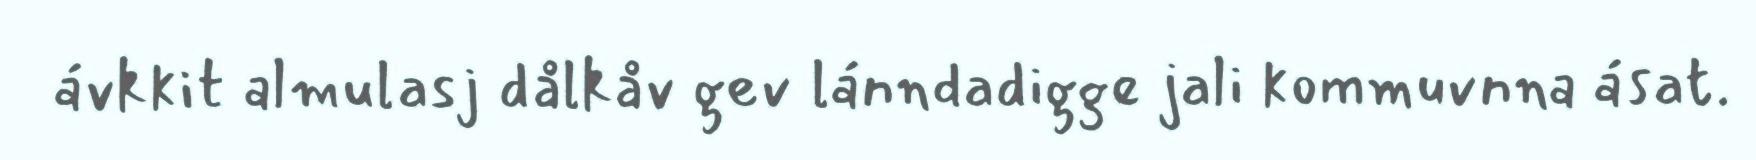
ávkkit almulasj dålkåv gev lánndadigge jali kommuvnna ásat.